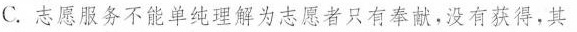
C.志愿服务不能单纯理解为志愿者只有奉献，没有获得，其